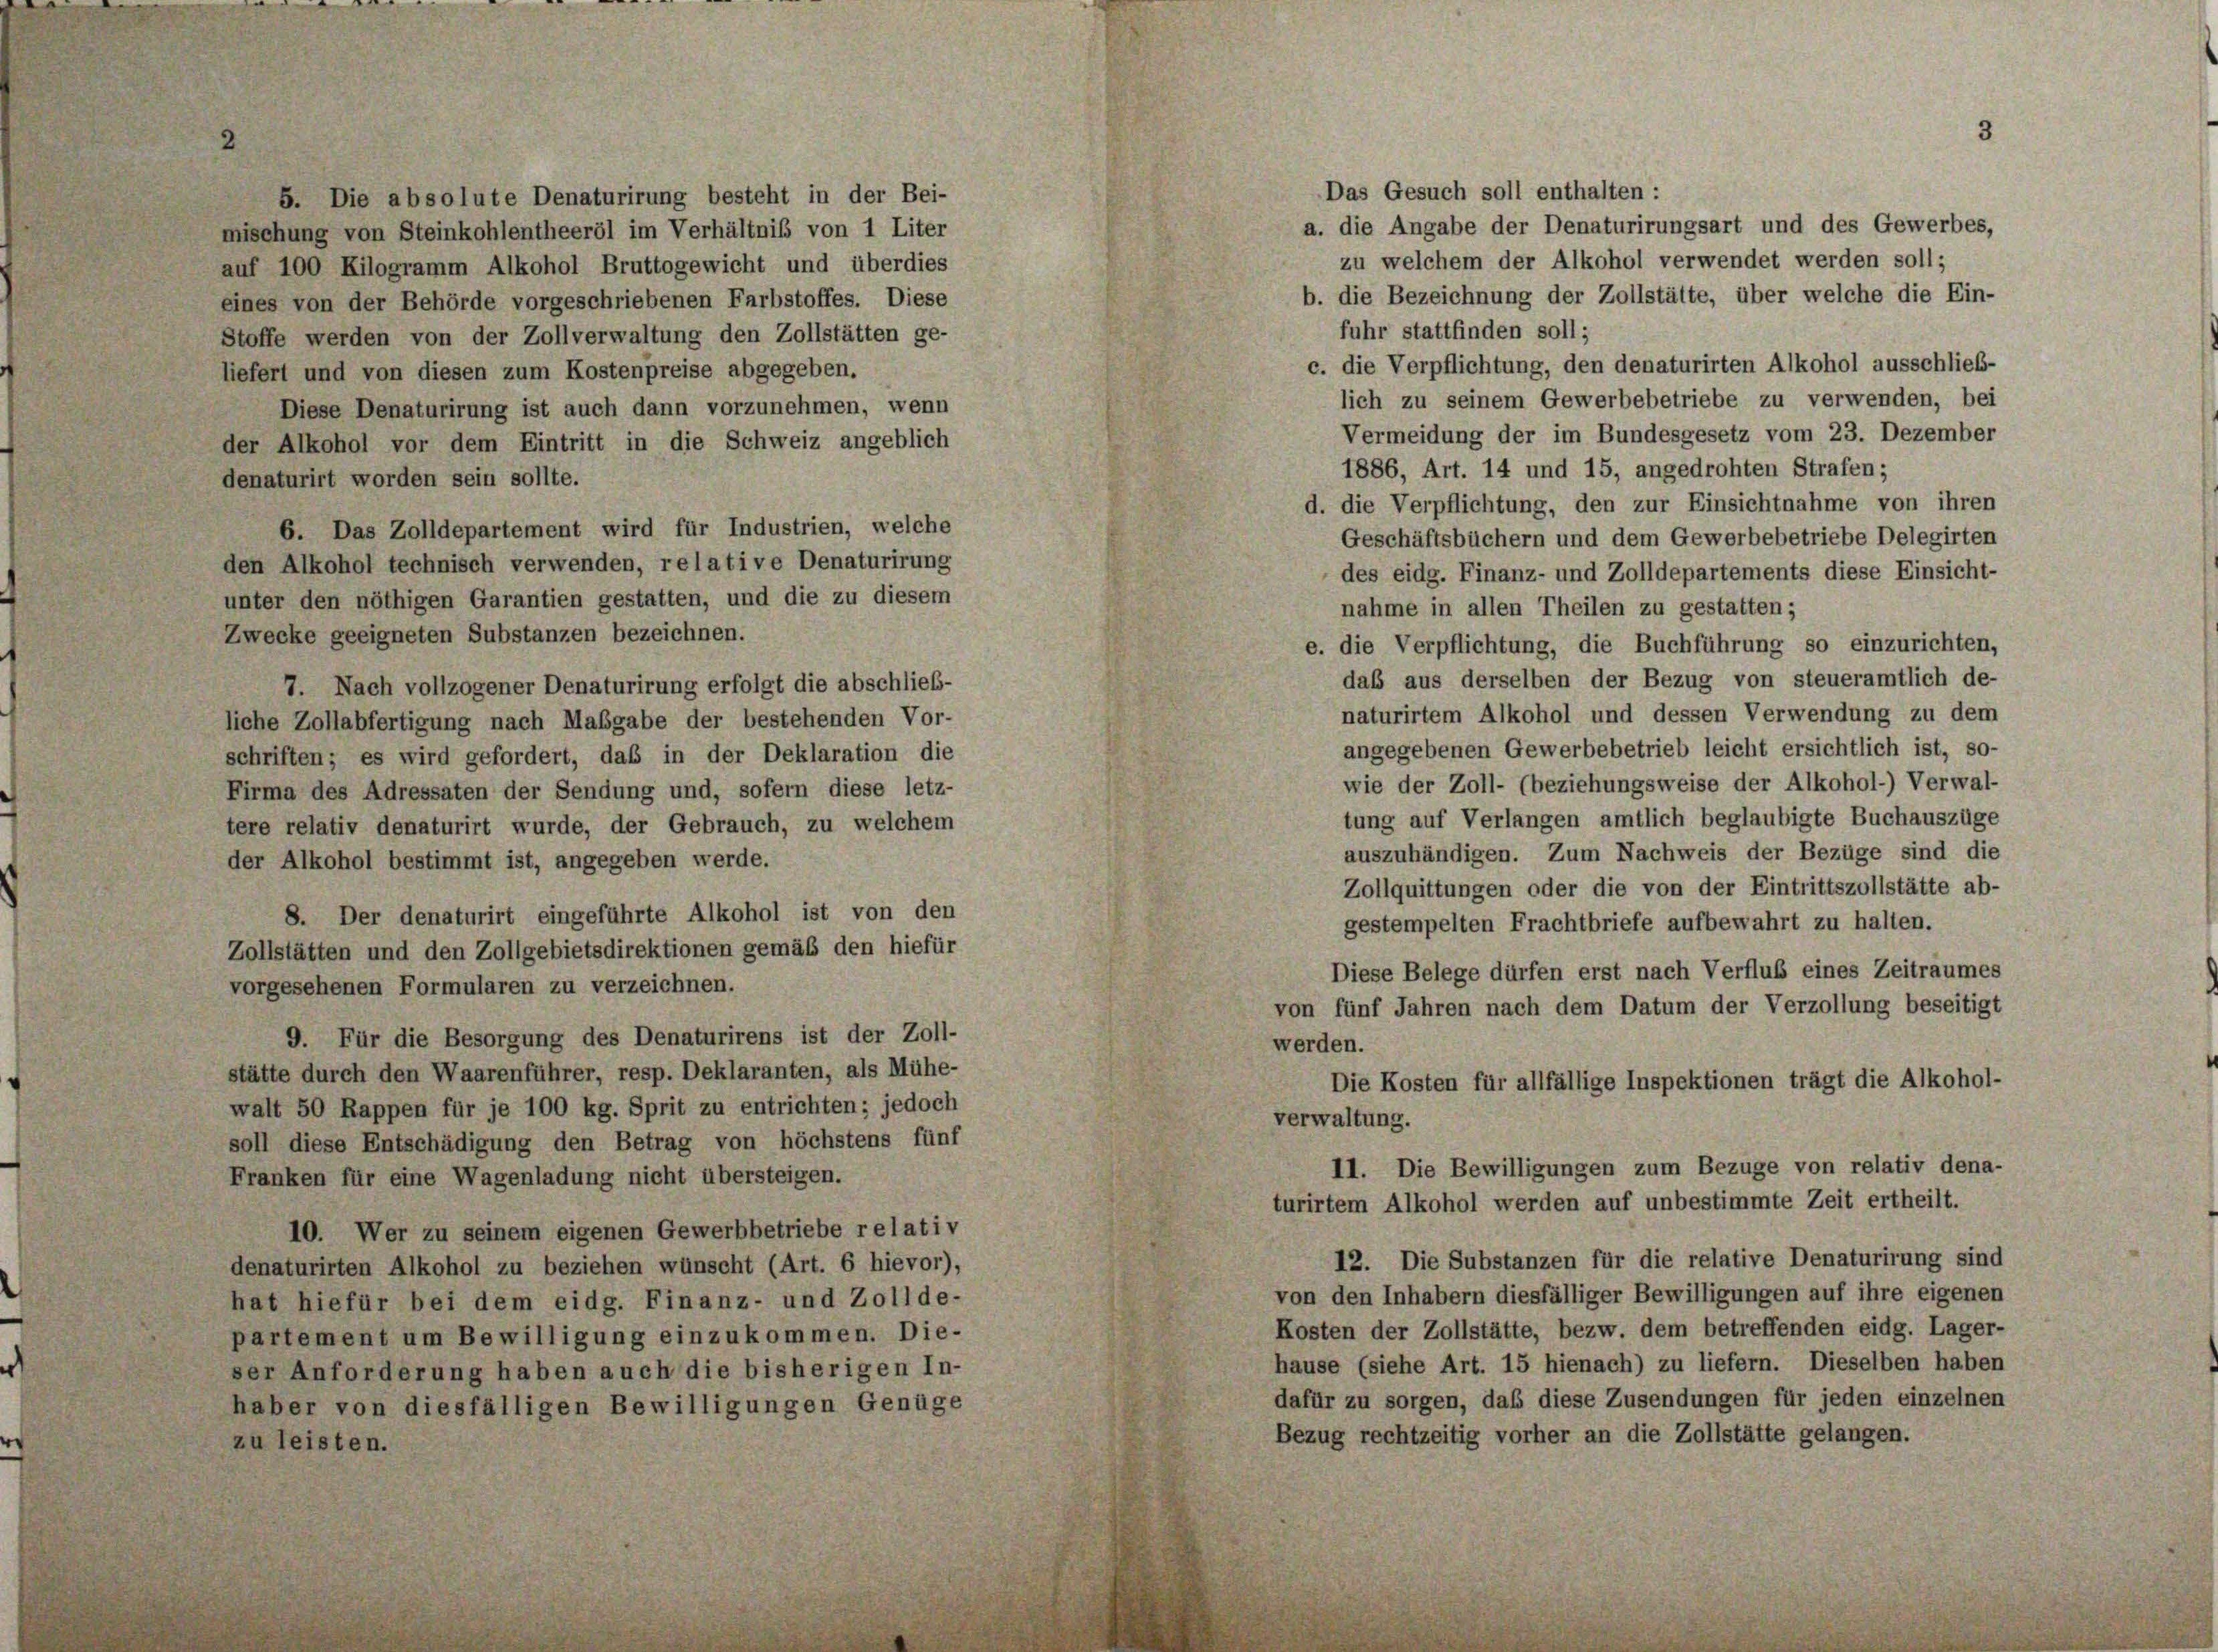
Das Gesuch soll enthalten :
5. Die absolute Denaturirung besteht in der Bei-
a. die Angabe der Denaturirungsart und des Gewerbes,
mischung von Steinkohlentheeröl im Verhältniß von 1 Liter
zu welchem der Alkohol verwendet werden soll;
auf 100 Kilogramm Alkohol Bruttogewicht und überdies
b. die Bezeichnung der Zollstätte, über welche die Ein-
eines von der Behörde vorgeschriebenen Farbstoffes. Diese
fuhr stattfinden soll;
Stoffe werden von der Zollverwaltung den Zollstätten ge-
c. die Verpflichtung, den denaturirten Alkohol ausschließ-
liefert und von diesen zum Kostenpreise abgegeben.
lich zu seinem Gewerbebetriebe zu verwenden, bei
Diese Denaturirung ist auch dann vorzunehmen, wenn
Vermeidung der im Bundesgesetz vom 23. Dezember
der Alkohol vor dem Eintritt in die Schweiz angeblich
1886, Art. 14 und 15, angedrohten Strafen;
denaturirt worden sein sollte.
d. die Verpflichtung, den zur Einsichtnahme von ihren
6. Das Zolldepartement wird für Industrien, welche
Geschäftsbüchern und dem Gewerbebetriebe Delegirten
den Alkohol technisch verwenden, relative Denaturirung
des eidg. Finanz- und Zolldepartements diese Einsicht-
unter den nöthigen Garantien gestatten, und die zu diesem
nahme in allen Theilen zu gestatten;
Zwecke geeigneten Substanzen bezeichnen.
e. die Verpflichtung, die Buchführung so einzurichten,
daß aus derselben der Bezug von steueramtlich de-
7. Nach vollzogener Denaturirung erfolgt die abschließ-
naturirtem Alkohol und dessen Verwendung zu dem
liche Zollabfertigung nach Maßgabe der bestehenden Vor-
angegebenen Gewerbebetrieb leicht ersichtlich ist, so-
schriften; es wird gefordert, daß in der Deklaration die
wie der Zoll- (beziehungsweise der Alkohol-) Verwal-
Firma des Adressaten der Sendung und, sofern diese letz-
tung auf Verlangen amtlich beglaubigte Buchauszüge
tere relativ denaturirt wurde, der Gebrauch, zu welchem
auszuhändigen. Zum Nachweis der Bezüge sind die
der Alkohol bestimmt ist, angegeben werde.
Zollquittungen oder die von der Eintrittszollstätte ab-
8. Der denaturirt eingeführte Alkohol ist von den
gestempelten Frachtbriefe aufbewahrt zu halten.
Zollstätten und den Zollgebietsdirektionen gemäß den hiefür
Diese Belege dürfen erst nach Verflub eines Zeitraumes
vorgesehenen Formularen zu verzeichnen.
von fünf Jahren nach dem Datum der Verzollung beseitigt
9. Für die Besorgung des Denaturirens ist der Zoll-
werden.
stätte durch den Waarenführer, resp. Deklaranten, als Mühe-
Die Kosten für allfällige Inspektionen trägt die Alkohol-
walt 50 Rappen für je 100 kg. Sprit zu entrichten; jedoch
verwaltung.
soll diese Entschädigung den Betrag von höchstens fünf
11. Die Bewilligungen zum Bezüge von relativ dena-
Franken für eine Wagenladung nicht übersteigen.
turirtem Alkohol werden auf unbestimmte Zeit ertheilt.
10. Wer zu seinem eigenen Gewerbbetriebe relativ
12. Die Substanzen für die relative Denaturirung sind
denaturirten Alkohol zu beziehen wünscht (Art. 6 hievor).
von den Inhabern diesfälliger Bewilligungen auf ihre eigenen
hat hiefür bei dem eidg. Finanz- und Zollde-
Kosten der Zollstätte, bezw. dem betreffenden eidg. Lager-
partement um Bewilligung einzukommen. Die-
hause (siehe Art. 15 hienach) zu liefern. Dieselben haben
ser Anforderung haben auch die bisherigen In-
dafür zu sorgen, daß diese Zusendungen für jeden einzelnen
haber von diesfälligen Bewilligungen Genüge
Bezug rechtzeitig vorher an die Zollstätte gelangen.
zu leisten.